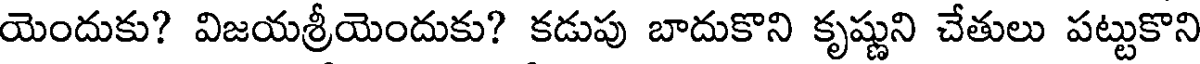
యెందుకు? విజయశ్రీయెందుకు? కడుపు బాదుకొని కృష్ణుని చేతులు పట్టుకొని